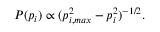
P ( p _ { i } ) \propto ( p _ { i , m a x } ^ { 2 } - p _ { i } ^ { 2 } ) ^ { - 1 / 2 } .